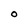
Character: O